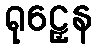
ရုဠှေန